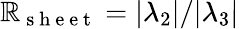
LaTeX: \mathbb{R}_{\mathrm{{~s~h~e~e~t~}}}=\vert\lambda_{2}\vert/\vert\lambda_{3}\vert